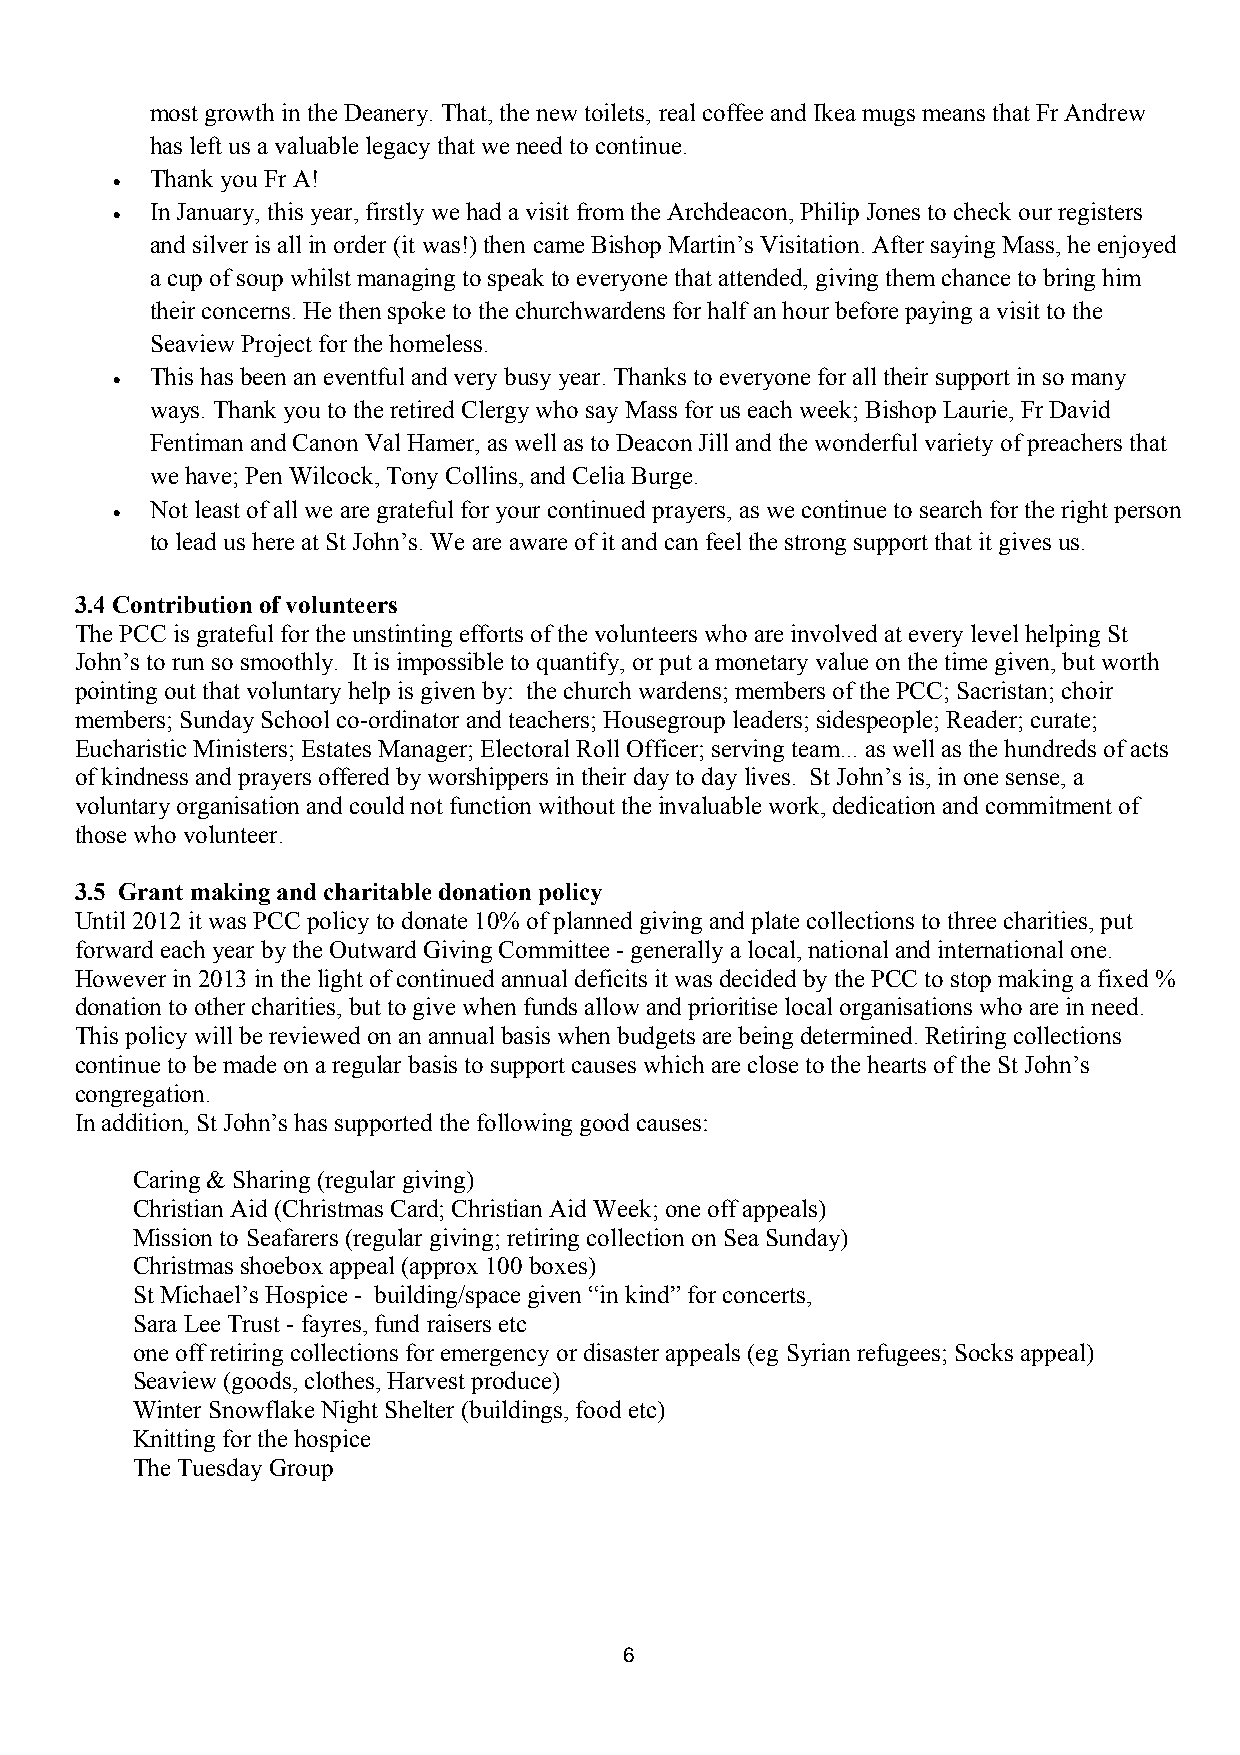
most growth in the Deanery. That, the new toilets, real coffee and Ikea mugs means that Fr Andrew
 has left us a valuable legacy that we need to continue.
 •  Thank you Fr A!
 •  In January, this year, firstly we had a visit from the Archdeacon, Philip Jones to check our registers
 and silver is all in order (it was!) then came Bishop Martin’s Visitation. After saying Mass, he enjoyed
 a cup of soup whilst managing to speak to everyone that attended, giving them chance to bring him
 their concerns. He then spoke to the churchwardens for half an hour before paying a visit to the
 Seaview Project for the homeless.
 •  This has been an eventful and very busy year. Thanks to everyone for all their support in so many
 ways. Thank you to the retired Clergy who say Mass for us each week; Bishop Laurie, Fr David
 Fentiman and Canon Val Hamer, as well as to Deacon Jill and the wonderful variety of preachers that
 we have; Pen Wilcock, Tony Collins, and Celia Burge.
 •  Not least of all we are grateful for your continued prayers, as we continue to search for the right person
 to lead us here at St John’s. We are aware of it and can feel the strong support that it gives us.
 3.4 Contribution of volunteers
 The PCC is grateful for the unstinting efforts of the volunteers who are involved at every level helping St
 John’s to run so smoothly. It is impossible to quantify, or put a monetary value on the time given, but worth
 pointing out that voluntary help is given by: the church wardens; members of the PCC; Sacristan; choir
 members; Sunday School co-ordinator and teachers; Housegroup leaders; sidespeople; Reader; curate;
 Eucharistic Ministers; Estates Manager; Electoral Roll Officer; serving team... as well as the hundreds of acts
 of kindness and prayers offered by worshippers in their day to day lives. St John’s is, in one sense, a
 voluntary organisation and could not function without the invaluable work, dedication and commitment of
 those who volunteer.
 3.5 Grant making and charitable donation policy
 Until 2012 it was PCC policy to donate 10% of planned giving and plate collections to three charities, put
 forward each year by the Outward Giving Committee - generally a local, national and international one.
 However in 2013 in the light of continued annual deficits it was decided by the PCC to stop making a fixed %
 donation to other charities, but to give when funds allow and prioritise local organisations who are in need.
 This policy will be reviewed on an annual basis when budgets are being determined. Retiring collections
 continue to be made on a regular basis to support causes which are close to the hearts of the St John’s
 congregation.
 In addition, St John’s has supported the following good causes:
 Caring & Sharing (regular giving)
 Christian Aid (Christmas Card; Christian Aid Week; one off appeals)
 Mission to Seafarers (regular giving; retiring collection on Sea Sunday)
 Christmas shoebox appeal (approx 100 boxes)
 St Michael’s Hospice - building/space given “in kind” for concerts,
 Sara Lee Trust - fayres, fund raisers etc
 one off retiring collections for emergency or disaster appeals (eg Syrian refugees; Socks appeal)
 Seaview (goods, clothes, Harvest produce)
 Winter Snowflake Night Shelter (buildings, food etc)
 Knitting for the hospice
 The Tuesday Group
 6